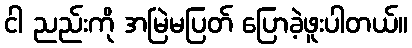
ငါ ညည်းကို အမြဲမပြတ် ပြောခဲ့ဖူးပါတယ်။